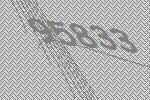
95833